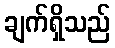
ချက်ရှိသည်